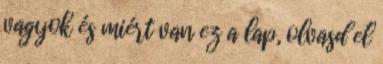
vagyok és miért van ez a lap, olvasd el